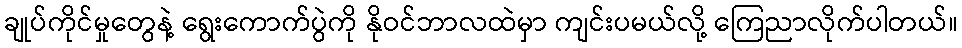
ချုပ်ကိုင်မှုတွေနဲ့ ရွေးကောက်ပွဲကို နိုဝင်ဘာလထဲမှာ ကျင်းပမယ်လို့ ကြေညာလိုက်ပါတယ်။